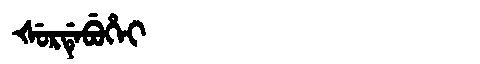
Manchu: ᡧᡠᡵᡩᡝᠪᡠᡥᡝᡳ
Romanization: ŠURDEBUHEI